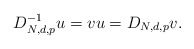
\begin{align*}D_{N,d,p}^{-1}u=vu=D_{N,d,p}v.\end{align*}